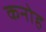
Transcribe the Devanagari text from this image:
कनोह